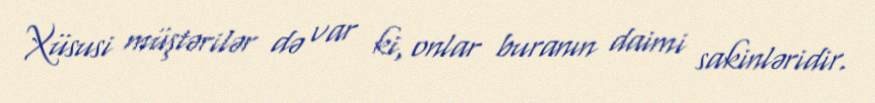
Xüsusi müştərilər də var ki, onlar buranın daimi sakinləridir.